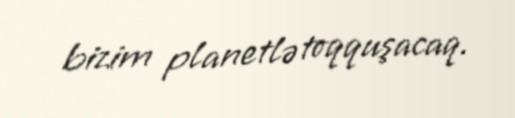
bizim planetlə toqquşacaq.